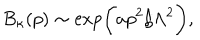
LaTeX: B _ { \kappa } ( p ) \sim \exp \biggl ( a p ^ { 2 } / \Lambda ^ { 2 } \biggr ) ,